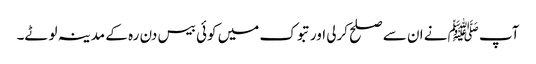
آپ ﷺنے ان سے صلح کرلی اور تبوک میں کوئی بیس دن رہ کے مدینہ لوٹے۔